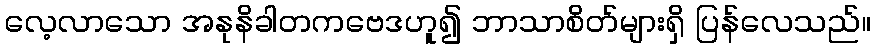
လေ့လာသော အနုနိခါတကဗေဒဟူ၍ ဘာသာစိတ်များရှိ ပြန်လေသည်။